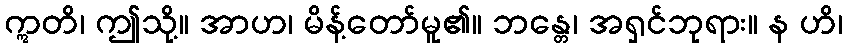
ဣတိ၊ ဤသို့။ အာဟ၊ မိန့်တော်မူ၏။ ဘန္တေ၊ အရှင်ဘုရား။ န ဟိ၊